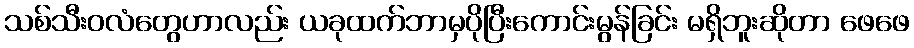
သစ်သီးဝလံတွေဟာလည်း ယခုထက်ဘာမှပိုပြီးကောင်းမွန်ခြင်း မရှိဘူးဆိုတာ ဖေဖေ